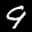
Label: 9